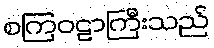
စကြဝဠာကြီးသည်